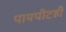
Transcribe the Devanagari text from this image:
पायपीटही